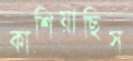
কাশিয়াছিস